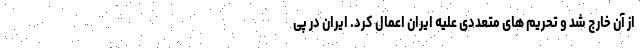
از آن خارج شد و تحریم های متعددی علیه ایران اعمال کرد. ایران در پی